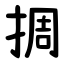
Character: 㨄